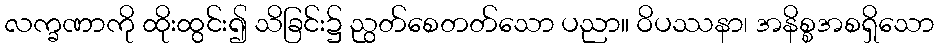
လက္ခဏာကို ထိုးထွင်း၍ သိခြင်း၌ ညွတ်စေတတ်သော ပညာ။ ဝိပဿနာ၊ အနိစ္စအစရှိသော